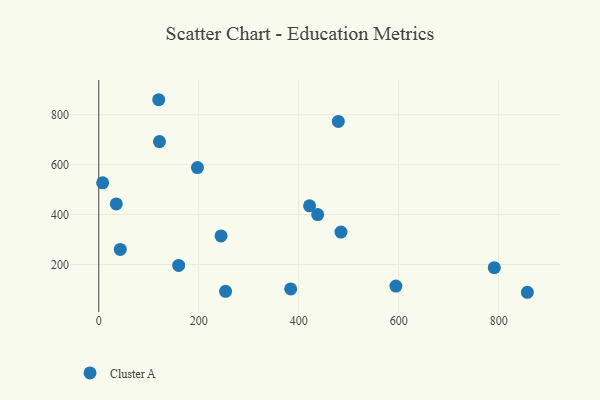
{"axis": {"x": "Investment", "y": "Exam Score"}, "legend": ["Cluster A"], "data": [{"x": "159.8", "y": 196.0, "type": "Cluster A"}, {"x": "35.0", "y": 442.6, "type": "Cluster A"}, {"x": "244.6", "y": 314.5, "type": "Cluster A"}, {"x": "43.0", "y": 260.1, "type": "Cluster A"}, {"x": "197.4", "y": 588.5, "type": "Cluster A"}, {"x": "437.9", "y": 399.9, "type": "Cluster A"}, {"x": "253.6", "y": 92.3, "type": "Cluster A"}, {"x": "7.7", "y": 527.1, "type": "Cluster A"}, {"x": "791.2", "y": 187.1, "type": "Cluster A"}, {"x": "121.4", "y": 692.7, "type": "Cluster A"}, {"x": "484.5", "y": 330.0, "type": "Cluster A"}, {"x": "594.4", "y": 113.4, "type": "Cluster A"}, {"x": "383.9", "y": 101.9, "type": "Cluster A"}, {"x": "421.7", "y": 434.9, "type": "Cluster A"}, {"x": "119.9", "y": 860.3, "type": "Cluster A"}, {"x": "479.2", "y": 773.4, "type": "Cluster A"}, {"x": "857.4", "y": 88.5, "type": "Cluster A"}]}